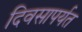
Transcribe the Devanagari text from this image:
दिवसापर्यत